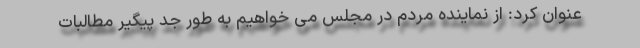
عنوان کرد: از نماینده مردم در مجلس می خواهیم به طور جد پیگیر مطالبات